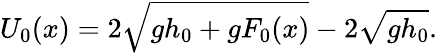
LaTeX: U_{0}(x)=2\sqrt{gh_{0}+gF_{0}(x)}-2\sqrt{gh_{0}}.